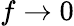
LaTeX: f\to 0